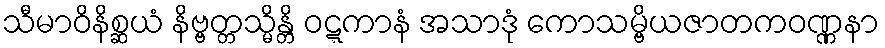
သီမာဝိနိစ္ဆယံ နိဗ္ဗတ္တသ္မိန္တိ ဝဋ္ဋကာနံ အသာဒုံ ကောသမ္ဗိယဇာတကဝဏ္ဏနာ